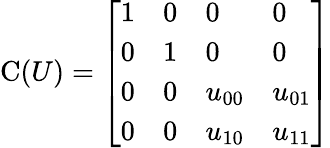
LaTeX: {\mathrm{C}}(U)={\left[\begin{array}{llll}{1}&{0}&{0}&{0}\\ {0}&{1}&{0}&{0}\\ {0}&{0}&{u_{00}}&{u_{01}}\\ {0}&{0}&{u_{10}}&{u_{11}}\end{array}\right]}